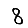
Digit: 8